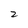
Character: 2